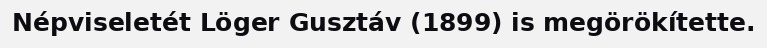
Népviseletét Löger Gusztáv (1899) is megörökítette.